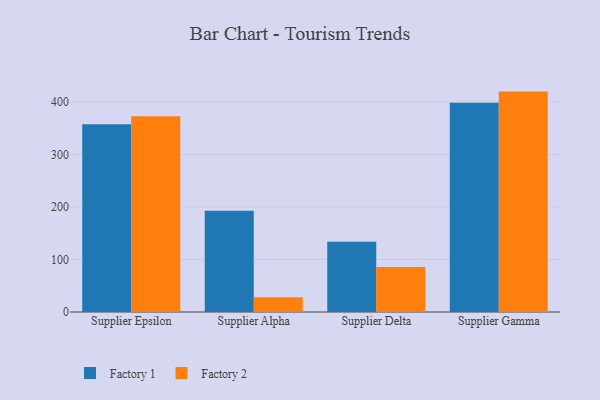
{"axis": {"x": "Supplier", "y": "Bounce Rate (%)"}, "legend": ["Factory 1", "Factory 2"], "data": [{"x": "Supplier Epsilon", "y": 357.8, "type": "Factory 1"}, {"x": "Supplier Epsilon", "y": 372.8, "type": "Factory 2"}, {"x": "Supplier Alpha", "y": 193.0, "type": "Factory 1"}, {"x": "Supplier Alpha", "y": 27.9, "type": "Factory 2"}, {"x": "Supplier Delta", "y": 133.8, "type": "Factory 1"}, {"x": "Supplier Delta", "y": 85.5, "type": "Factory 2"}, {"x": "Supplier Gamma", "y": 398.8, "type": "Factory 1"}, {"x": "Supplier Gamma", "y": 419.9, "type": "Factory 2"}]}